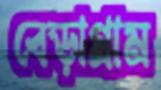
বেড়াগ্রাম